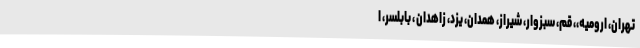
تهران، ارومیه،، قم، سبزوار، شیراز، همدان، یزد، زاهدان ، بابلسر، ا